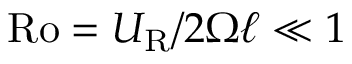
\mathrm { R o } = U _ { \mathrm { R } } / 2 \Omega \ell \ll 1